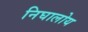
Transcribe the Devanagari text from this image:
निघालोय